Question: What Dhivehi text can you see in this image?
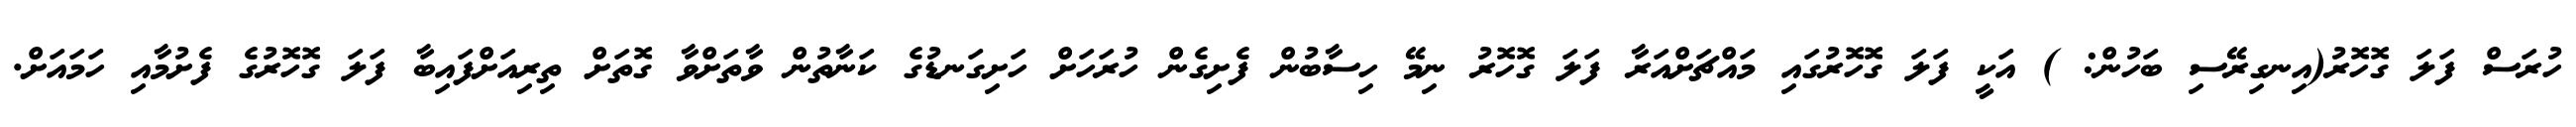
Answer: ހުރަސް ފަލަ ގޮހޮރު(އިނގިރޭސި ބަހުން: ) އަކީ ފަލަ ގޮހޮރުގައި މައްޗަށްއަރާ ފަލަ ގޮހޮރު ނިމޭ ހިސާބުން ފެށިގެން ހުރަހަށް ހަށިގަނޑުގެ ކަނާތުން ވާތަށްވާ ގޮތަށް ތިރިއަށްފައިބާ ފަލަ ގޮހޮރުގެ ފެށުމާއި ހަމައަށް.